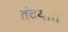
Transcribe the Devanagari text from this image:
तंटयांत